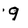
Character: 9